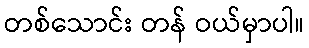
တစ်သောင်း တန် ဝယ်မှာပါ။